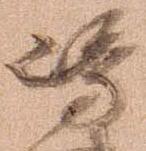
島